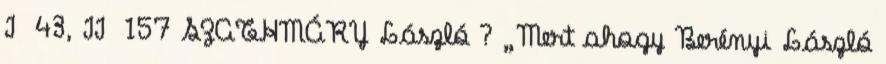
I 43, II 157 SZATHMÁRY László ? „Mert ahogy Berényi László